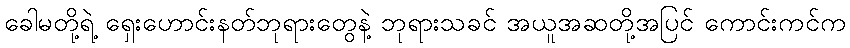
ခေါမတို့ရဲ့ ရှေးဟောင်းနတ်ဘုရားတွေနဲ့ ဘုရားသခင် အယူအဆတို့အပြင် ကောင်းကင်က